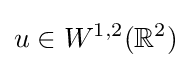
u\in W^{1,2}(\mathbb {R} ^{2})